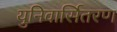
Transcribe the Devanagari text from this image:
युनिवार्सितरण